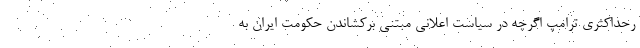
رحداکثری ترامپ اگرچه در سیاست اعلانی مبتنی برکشاندن حکومت ایران به